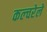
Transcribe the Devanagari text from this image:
कल्चरेले